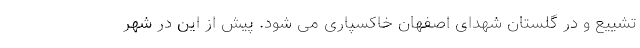
تشییع و در گلستان شهدای اصفهان خاکسپاری می شود. پیش از این در شهر